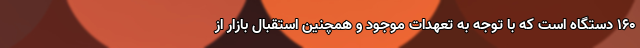
۱۶۰ دستگاه است که با توجه به تعهدات موجود و همچنین استقبال بازار از